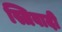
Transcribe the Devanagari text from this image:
स्त्रिवादी